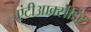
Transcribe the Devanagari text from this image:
एंटीआक्सीडेंट